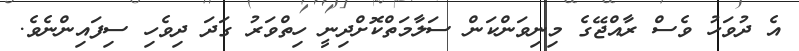
އެ ދުވަހު ވެސް ރާއްޖޭގެ މިނިވަންކަން ސަލާމަތްކޮށްދިނީ ހިތްވަރު ގަދަ ދިވެހި ސިފައިންނެވެ.